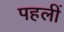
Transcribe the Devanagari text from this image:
पहलीं